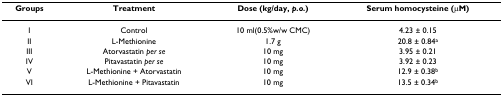
<table><thead><tr><td><b>Groups</b></td><td><b>Treatment</b></td><td><b>Dose (kg/day, <i>p.o.</i>)</b></td><td><b>Serum homocysteine (μM)</b></td></tr></thead><tbody><tr><td>I</td><td>Control</td><td>10 ml(0.5%w/w CMC)</td><td>4.23 ± 0.15</td></tr><tr><td>II</td><td>L-Methionine</td><td>1.7 g</td><td>20.8 ± 0.84<sup>a</sup></td></tr><tr><td>III</td><td>Atorvastatin <i>per se</i></td><td>10 mg</td><td>3.95 ± 0.21</td></tr><tr><td>IV</td><td>Pitavastatin <i>per se</i></td><td>10 mg</td><td>3.92 ± 0.23</td></tr><tr><td>V</td><td>L-Methionine + Atorvastatin</td><td>10 mg</td><td>12.9 ± 0.38<sup>b</sup></td></tr><tr><td>VI</td><td>L-Methionine + Pitavastatin</td><td>10 mg</td><td>13.5 ± 0.34<sup>b</sup></td></tr></tbody></table>